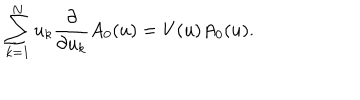
\sum _ { k = 1 } ^ { N } u _ { k } \frac { \partial } { \partial u _ { k } } A _ { 0 } ( u ) = V ( u ) A _ { 0 } ( u ) .